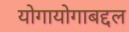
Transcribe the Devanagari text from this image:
योगायोगाबद्दल